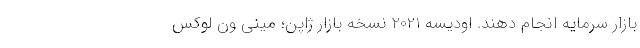
بازار سرمایه انجام دهند. اودیسه 2021 نسخه بازار ژاپن؛ مینی ون لوکس